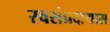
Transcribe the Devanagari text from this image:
स्वसंप्रदायास